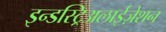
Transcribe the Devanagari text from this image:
इन्डस्ट्रिअलाईज़ेशन